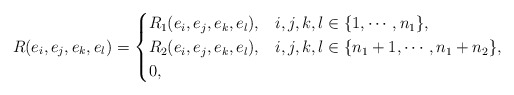
\begin{align*} R(e_i,e_j,e_k,e_l)= \begin{cases} R_1(e_i,e_j,e_k,e_l), & i,j,k,l \in \{1, \cdots, n_1\}, \\ R_2(e_i,e_j,e_k,e_l), & i,j,k,l \in \{n_1+1, \cdots, n_1+n_2\}, \\ 0, & \end{cases}\end{align*}